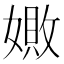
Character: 𪦚